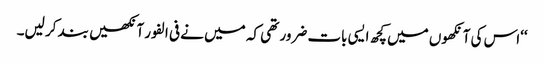
‘‘اس کی آنکھوں میں کچھ ایسی بات ضرور تھی کہ میں نے فی الفور آنکھیں بند کر لیں۔